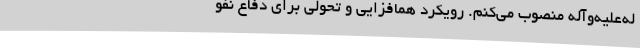
له‌علیه‌وآله منصوب می‌کنم. رویکرد همافزایی و تحوّلی برای دفاع نفو